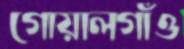
গোয়ালগাঁও